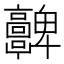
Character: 𩫮